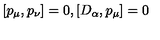
[ p _ { \mu } , p _ { \nu } ] = 0 , [ D _ { \alpha } , p _ { \mu } ] = 0